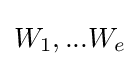
W_{1},...W_{e}